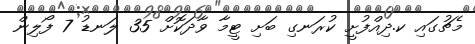
މެޗުގައި ކ.ދިއްފުށީ ކުރަނގި ބަށި ޓީމާ ވާދަކޮށް 35 ލަނޑު 7 ފޯލިން